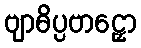
ဗျာဓိပ္ပဗာဠှော